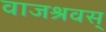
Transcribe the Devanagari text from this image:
वाजश्रवस्